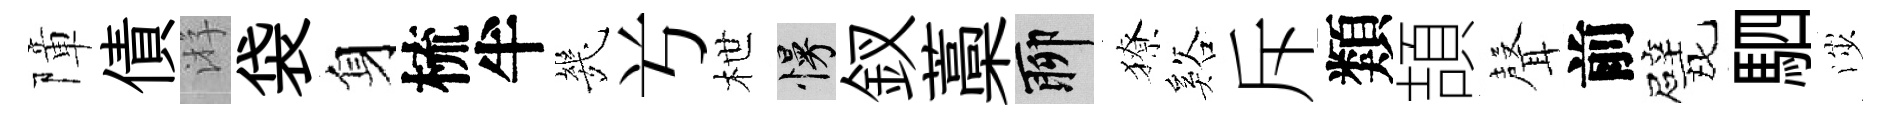
障債㳺袋身梳半㡬𠔃枻慢釵藁聊獠谿斥類頡𮋻前戏駟渉